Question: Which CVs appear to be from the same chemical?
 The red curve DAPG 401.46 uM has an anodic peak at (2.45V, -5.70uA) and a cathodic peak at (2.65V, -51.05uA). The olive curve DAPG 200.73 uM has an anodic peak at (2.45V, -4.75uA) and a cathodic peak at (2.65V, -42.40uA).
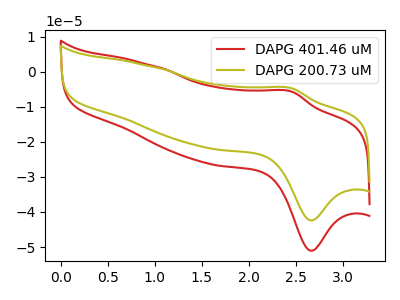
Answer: <think>All the peaks in "DAPG 401.46 uM" have a peak in "DAPG 200.73 uM" at the same potential.
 </think>
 <answer>"DAPG 200.73 uM" and "DAPG 401.46 uM" have the same shape and are likely CV's of the same chemical.</answer>
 <eval>"DAPG 200.73 uM" "DAPG 401.46 uM"</eval>